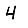
Digit: 4